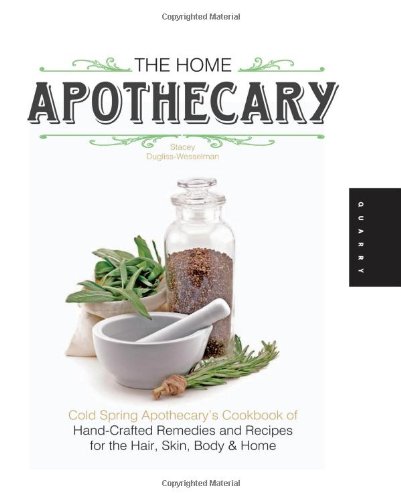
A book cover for The Home Apothecary: Cold Spring Apothecary's Cookbook of Hand-Crafted Remedies & Recipes for the Hair, Skin, Body, and Home; Stacey Dugliss-Wesselman; Cookbooks, Food & Wine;